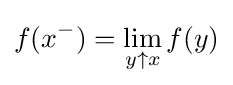
f(x^{-})=\lim \limits _{y\uparrow x}f(y)